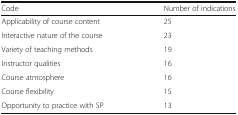
| Code | Number of indications |
 | --- | --- |
 | Applicability of course content | 25 |
 | Interactive nature of the course | 23 |
 | Variety of teaching methods | 19 |
 | Instructor qualities | 16 |
 | Course atmosphere | 16 |
 | Course flexibility | 15 |
 | Opportunity to practice with SP | 13 |